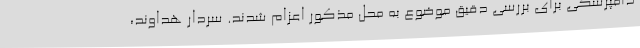
دامپزشکی برای بررسی دقیق موضوع به محل مذکور اعزام شدند. سردار هداوند،